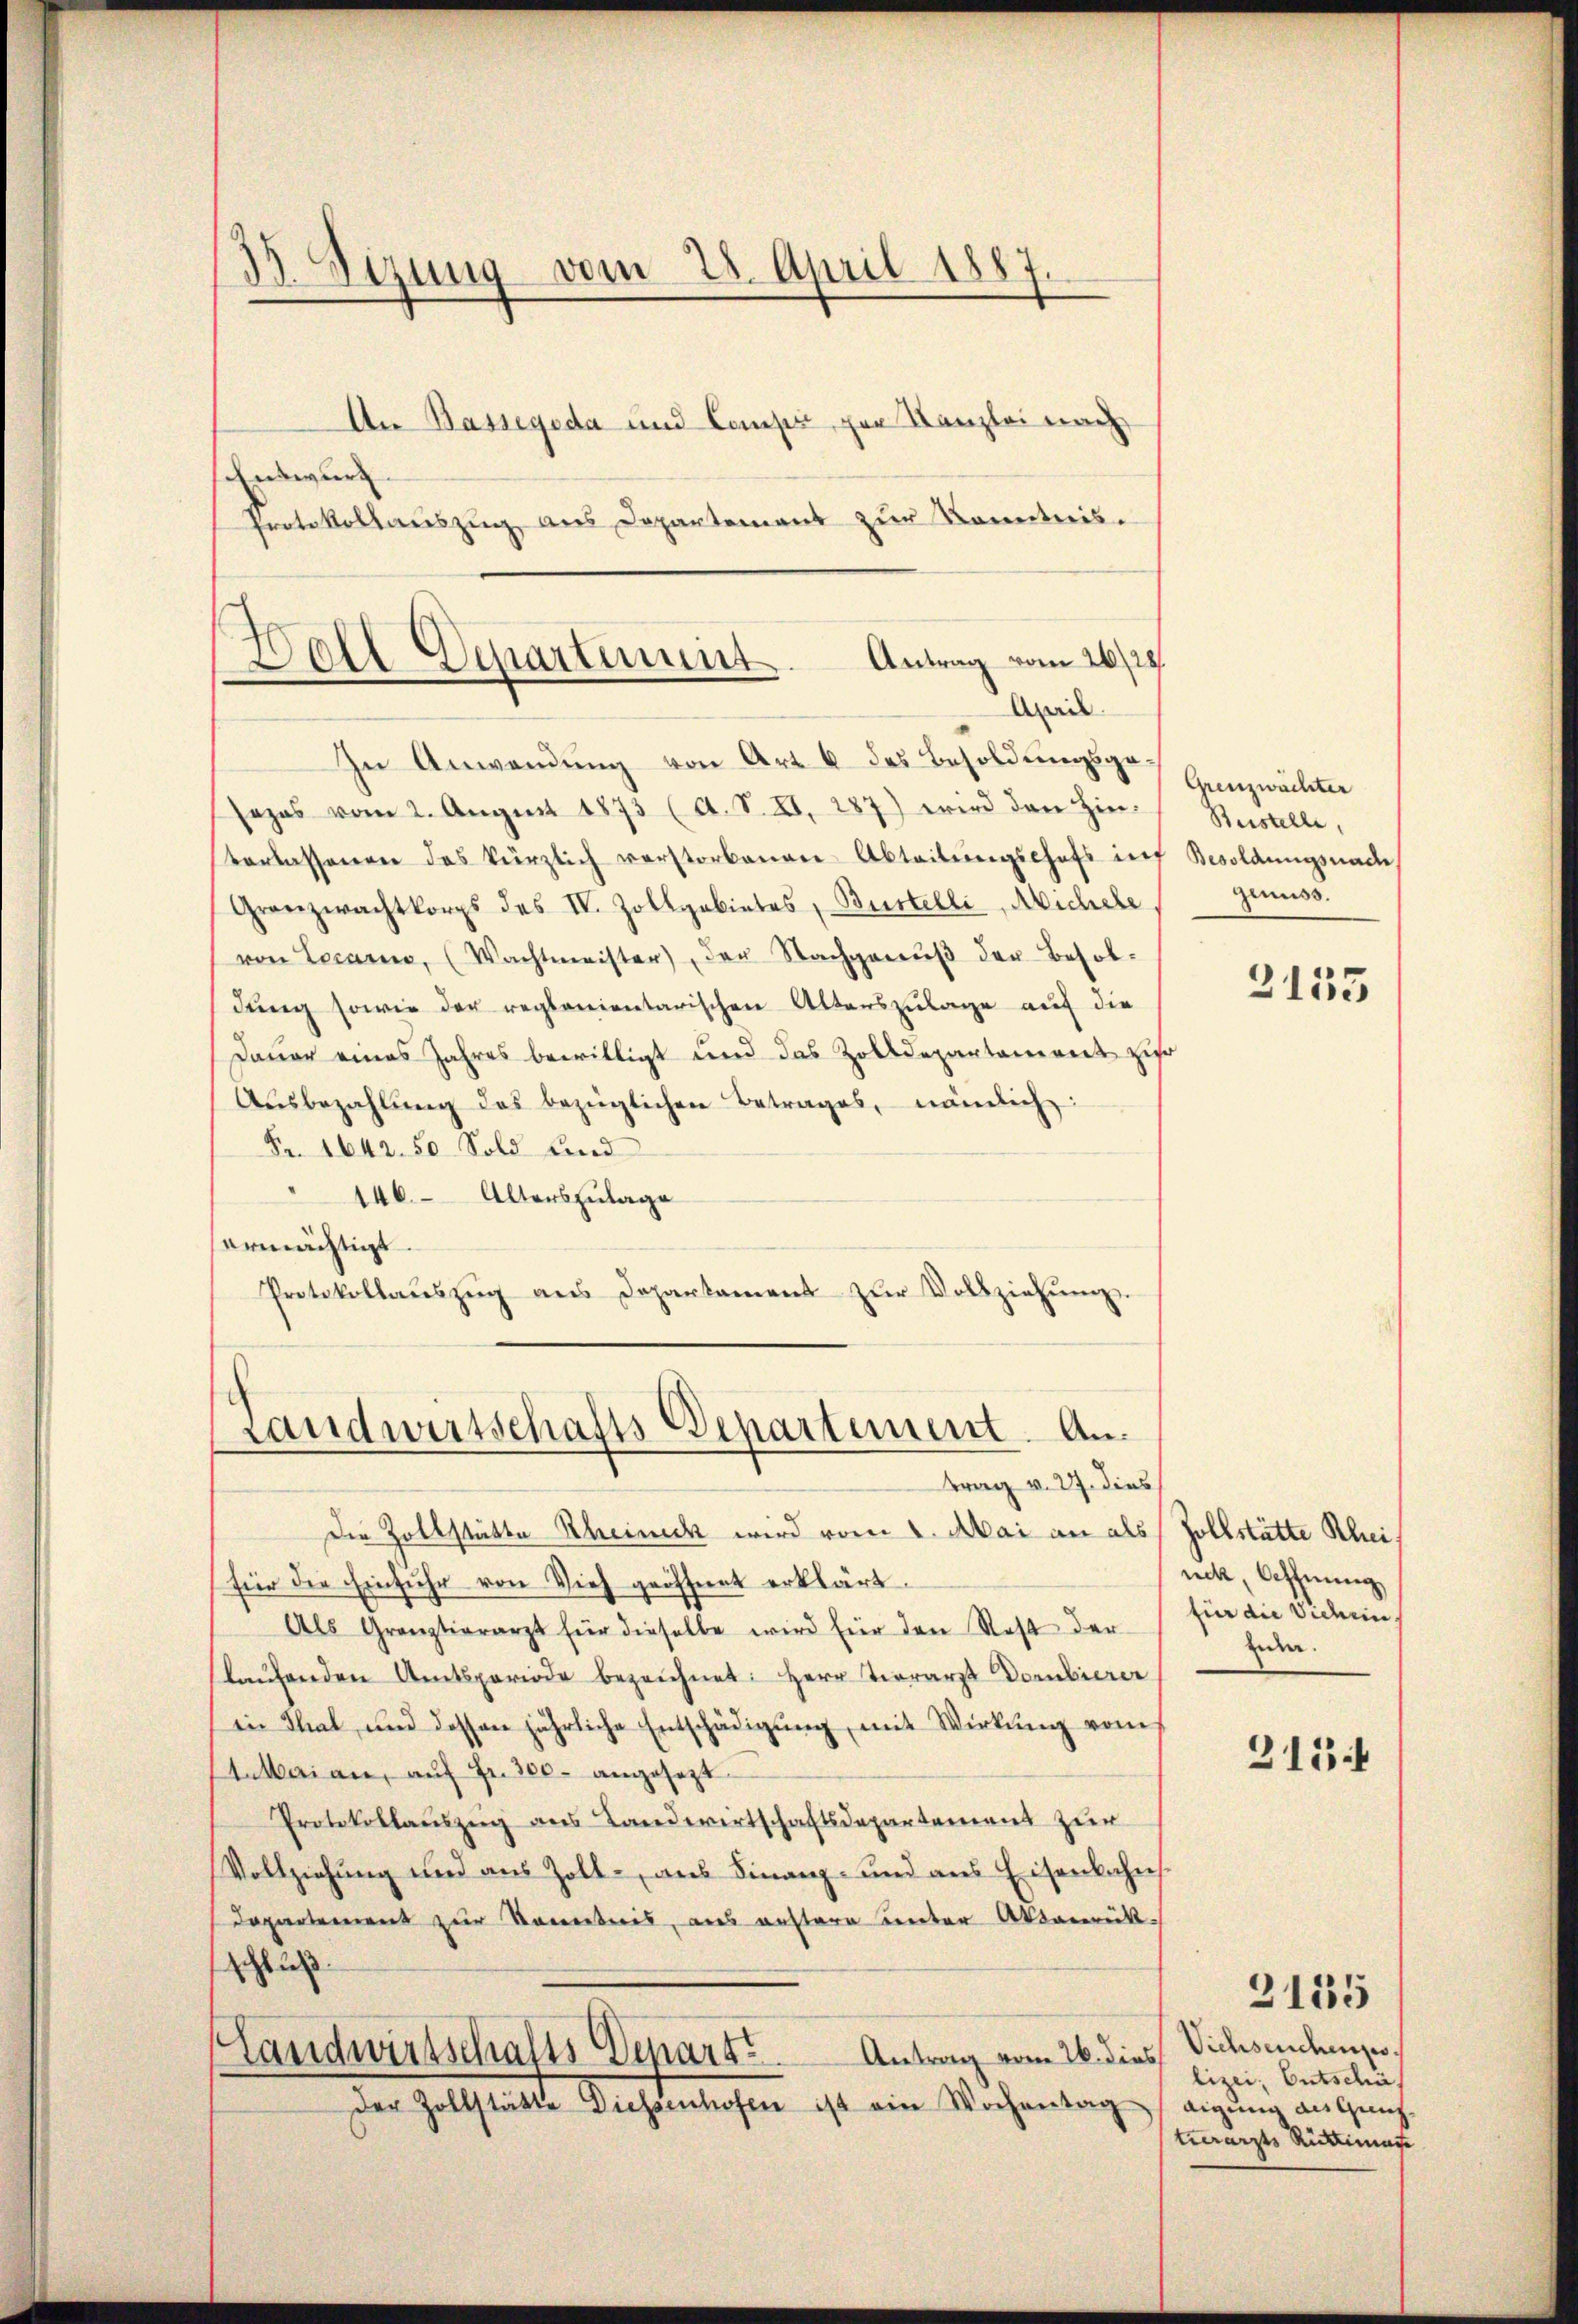
Entwurf.
Protokollauszug aus Departement zur Kenntnis.
In Anwendung von Art. 6 des Besoldungsgesezes vom 2. Aŭgust 1873 (A. S. XI. 287) wird den Hinverlassenen das kürzlich verstorbenen Abteilŭngschaft in Besoldungsnade
Granzwachtkorps des IV. Zollgebietes, Büstelli, Abschehe
von Locarno, (Wachtmeister), der Nachgenŭβ der Besoldŭng sowie der replanientarischen Alterszulage auf die
Dauer eines Jahres bewilligt und das Zolldepartament zur
Aŭsbezahlŭng des bezüglichen Betrages, nämlich
Fr. 1642. 50. Sold und
146. Alterszulage
ermächtigt.
Protokollaŭszŭg ans Departament zŭr Vollziehŭng.

33. Sizung vom 28. April 1887

An Bassegeda und Campi, per Kanzlei nach

Doll Departinit. Antrag vom 26/28.
Ail

Landwirtschafts Departement. Antrag v. 27. dies

Die Zollstätte Rheineck wird vom 1. Mai an als Zollstätte Rheifier die Einfuhr von Vieh geöffnet erklärt.
Als Grauztierarzt für dieselbe wird für den Rest der
laufenden Amtsperiode bezeichnet: Herr Tierarzt Dornbierer
in Thal, und dessen jährliche Entschädigŭng, mit Wirkung vom
Aatharian, auf Fr. 30- angesezt
Protokollaŭszŭg ans Landwirtschaftsdepartement zur
Vollziehung und aus Zoll-, aus Finanz- und aus Eisenbahns
Departement zur Kenntnis, aus erstere unter Aktenrück-
i
Landwirtschafts Depart
Antrag vom 26. dies
der Zollstätte Diessenhofen ist ein Wochentag / eigung an Gang-

Grenzwächter
Reistelle,
genuss.

3135

nck, Öffnung
für die Viden
Eier.
2154

Viehseuchenzolizei; Entschäf
trerarzts Rüttimat

3135